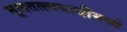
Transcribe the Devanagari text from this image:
मूलतत्त्ववादींमध्ये